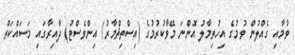
ވުމާއި ގެއްލުން ވުމުގެ އިހުތިމާލު އޮންނަ މޭވާކުރުމުގެ (އިސްތިޘްމާރު/ އިންވެސްޓު) ދާއިރާގައި މަސައްކަތް